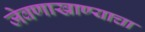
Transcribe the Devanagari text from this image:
जेवणाखाण्याचा